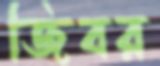
জিবর